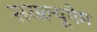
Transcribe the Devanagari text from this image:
सयल्यूगेम